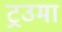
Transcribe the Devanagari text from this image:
ट्रउमा